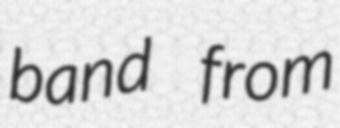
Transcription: band from